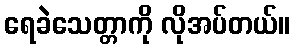
ရေခဲသေတ္တာကို လိုအပ်တယ်။